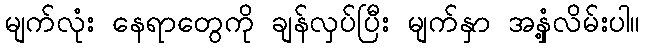
မျက်လုံး နေရာတွေကို ချန်လှပ်ပြီး မျက်နှာ အနှံ့လိမ်းပါ။